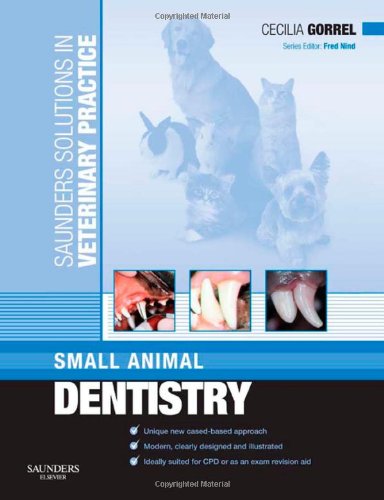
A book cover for Saunders Solutions in Veterinary Practice: Small Animal Dentistry, 1e; Cecilia Gorrel BSc  MA  VetMB  DDS  MRCVS  HonFAVD  DEVDC; Medical Books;